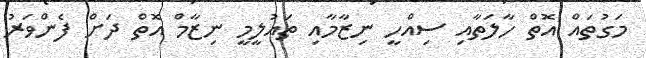
މަގުތައް އޮތް ހާލަތާއި ސިއްހީ ނިޒާމާއި ތައުލީމީ ނިޒާމް އޮތް ދަށް ފެންވަރު